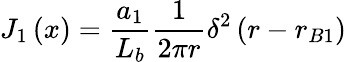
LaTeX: J_{1}\left(x\right)={\frac{a_{1}}{L_{b}}}{\frac{1}{2\pi r}}\delta^{2}\left(r-r_{B1}\right)